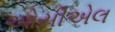
ઓસીએલ